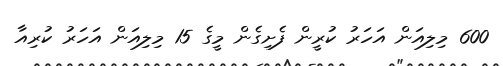
600 މިލިއަން އަހަރު ކުރީން ފެށިގެން މީގެ 15 މިލިއަން އަހަރު ކުރިއާ